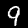
Digit: 9